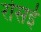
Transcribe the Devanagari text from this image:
रोसई